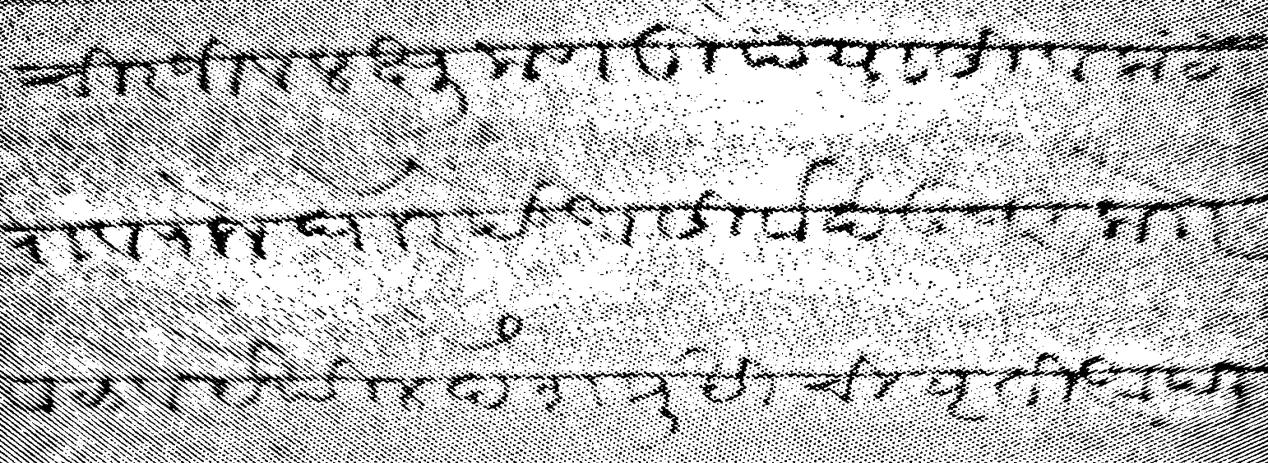
Transliteration (Devanagari): चिरजीव लक्षुमण तुपे यासी वेकट रावराजे घोरपडे आसिर्वाद उपरी काो वाळवे येथील देशमुखीची वृती आपली